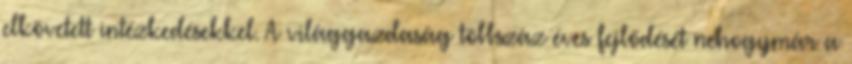
elkövetett intézkedésekkel. A világgazdaság többszáz éves fejlődését nehogymár a